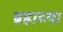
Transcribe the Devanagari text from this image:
ब्रह्राच्या